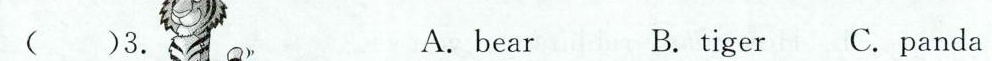
()3. A.bear B.tiger C.panda